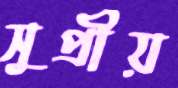
সুপ্রীয়